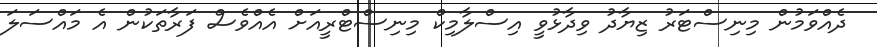
ދެއްވަމުން މިނިސްޓަރު ޒިޔާދު ވިދާޅުވީ އިސްލާމިކް މިނިސްޓްރީއަށް އެއްވެސް ފަރާތަކުން އެ މައްސަލަ